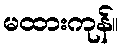
မထားကုန်။